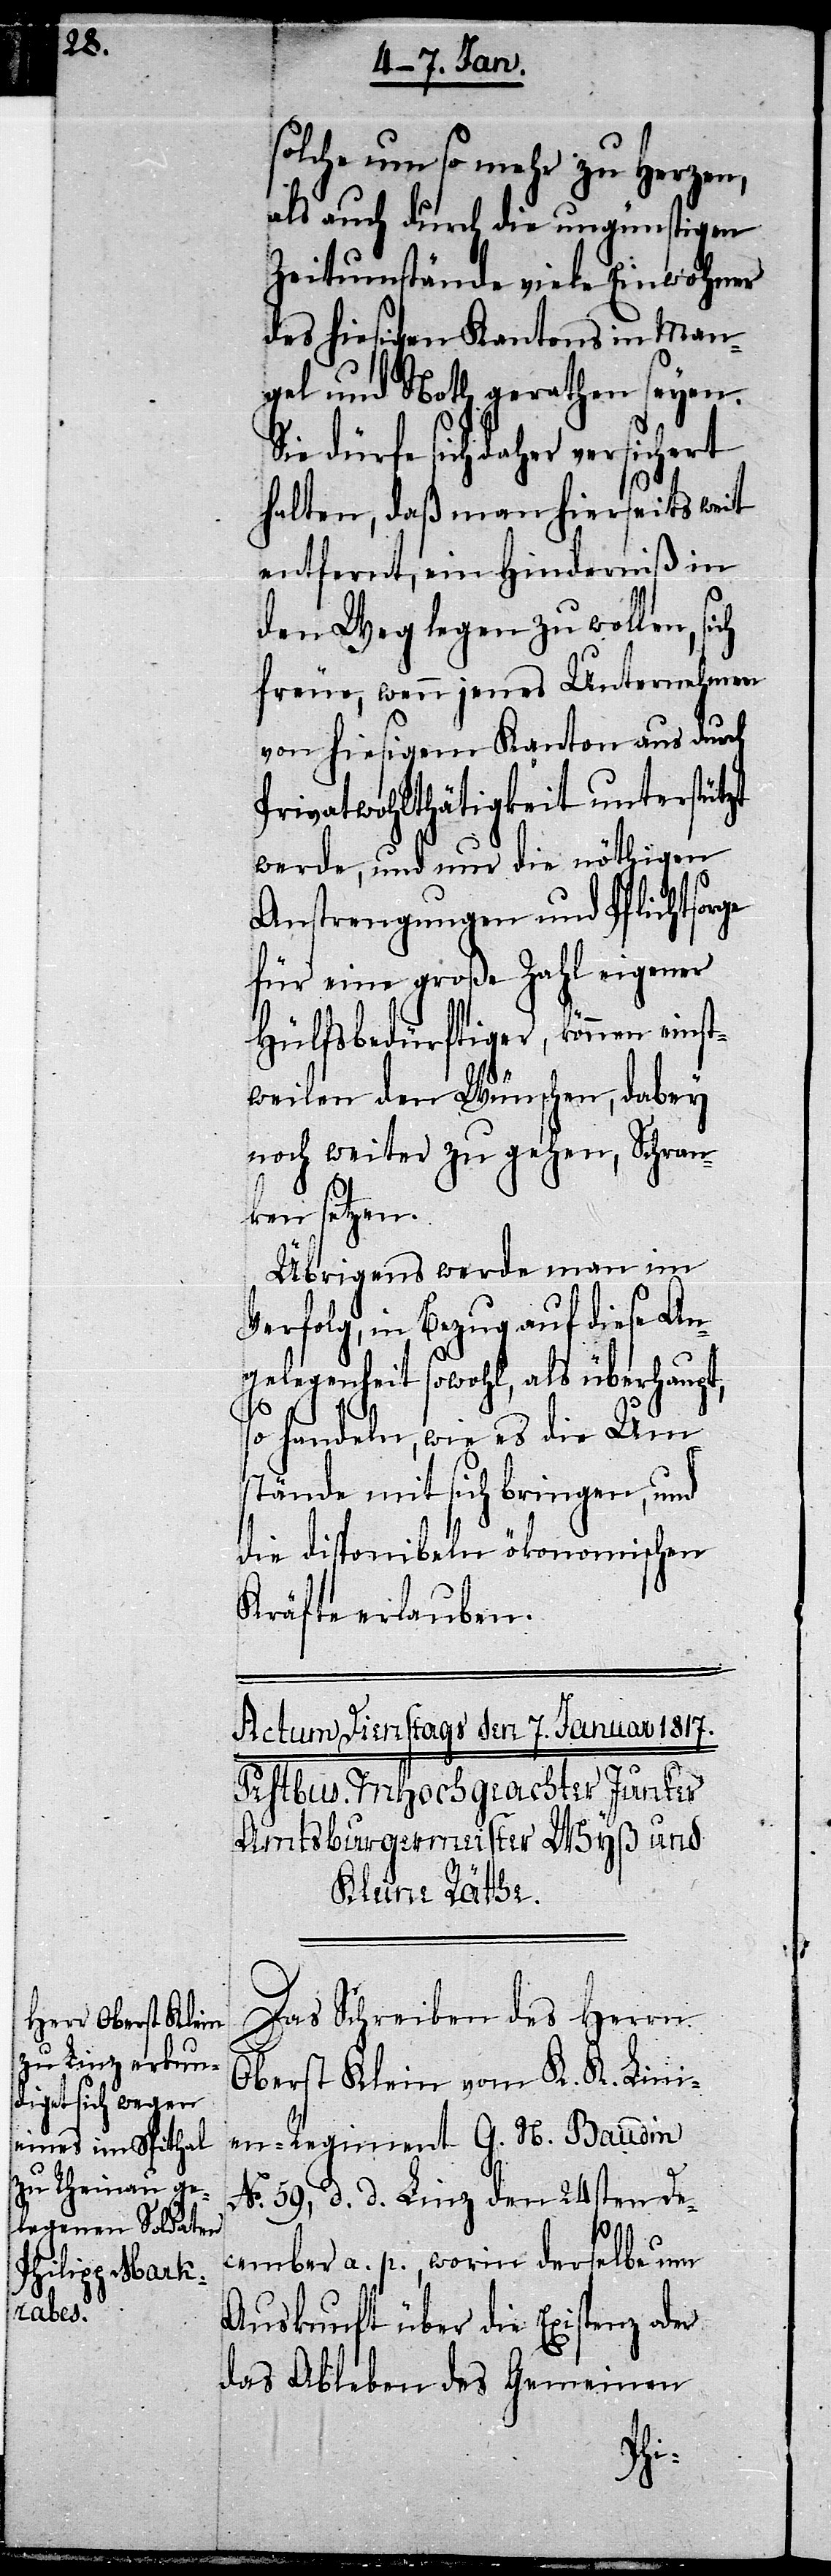
solche um so mehr zu Herzen,
als auch durch die ungünstigen
Zeitumstände viele Einwohner
des hiesigen Kantons in Man¬
gel und Noth gerathen seyen.
Sie dürfe sich daher versichert
halten, daß man hierseits weit
entfernt, ein Hinderniß in
den Weg legen zu wollen, sich
freue, wenn jenes Unternehmen
von hiesigem Kanton aus durch
Privatwohlthätigkeit unterstützt
werde, und nur die nöthigen
Anstrengungen und Pflichtsorge
für eine große Zahl eigener
Hülfsbedürftiger, können einst¬
weilen den Wünschen, dabey
noch weiter zu gehen, Schran¬
ken setzen.
Übrigens werde man im
Verfolg, in Bezug auf diese An¬
gelegenheit sowohl, als überhaupt,
so handeln, wie es die Um¬
stände mit sich bringen, und
die disponibeln ökonomischen
Kräfte erlauben.
Das Schreiben des Herrn
Oberst Klein vom K. K. Lini¬
en-Regiment G. N. Baudin
No. 59, d. d. Linz den 24sten De¬
cember a. p., worin derselbe um
Auskunft über die Existenz oder
das Ableben des Gemeinen